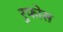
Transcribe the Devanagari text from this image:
रुफोस